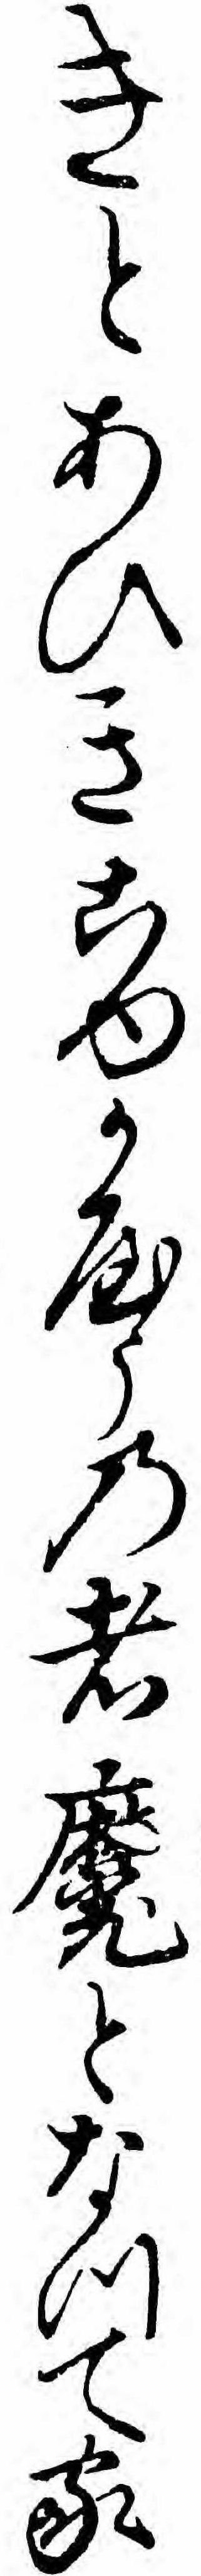
きとあひきこゆかやうの者魔となつて家